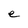
Character: e